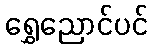
ရွှေညောင်ပင်